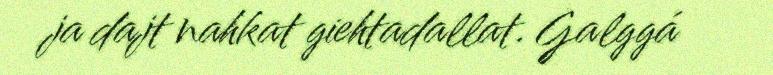
ja dajt nahkat giehtadallat. Galggá